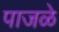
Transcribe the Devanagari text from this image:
पाजळे